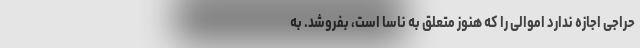
حراجی اجازه ندارد اموالی را که هنوز متعلق به ناسا است، بفروشد. به